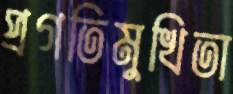
প্রগতিমুখিতা